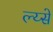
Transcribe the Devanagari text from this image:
ल्य्से